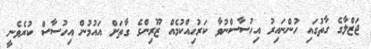
ޖަޒްލާގެ ގާތުގައި ހުންނައިރު އިހުސާސްނުވާ ކަރުހިއްކުމެއް ޒޫރިންގެ ގާތަށް އައުމުން އިހުސާސް ކުރެވެނީ